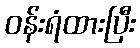
ဝန်းရံထားပြီး